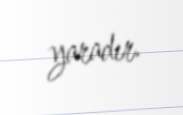
yaradır.